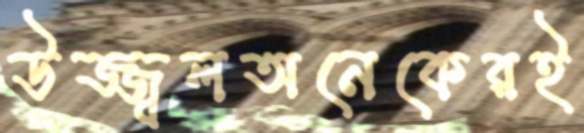
উজ্জ্বলঅনেকেরই